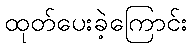
ထုတ်ပေးခဲ့ကြောင်း